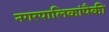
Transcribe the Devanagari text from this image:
नगरपालिकांपैकी